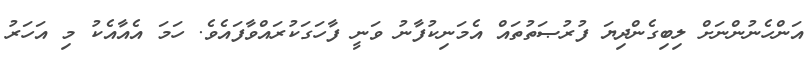
އަންހެނުންނަށް ލިބިގެންދިޔަ ފުރުޞަތުތައް އެމަނިކުފާނު ވަނީ ފާހަގަކުރައްވާފައެވެ. ހަމަ އެއާއެކު މި އަހަރު